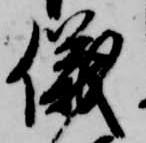
儀